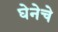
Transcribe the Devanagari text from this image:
घेनेचे